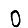
Digit: 0